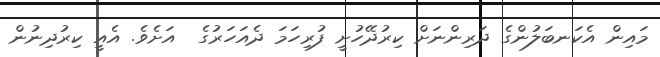
މައިން އެކަނބަލުންގެ ދަރިންނަށް ކިރުދޭހުށީ ފުރިހަމަ ދެއަހަރުގެ  އަށެވެ. އެއީ ކިރުދިނުން